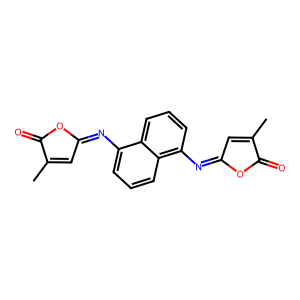
SMILES: CC1=CC(=Nc2cccc3c(N=C4C=C(C)C(=O)O4)cccc23)OC1=O
Inhibits HIV replication: No